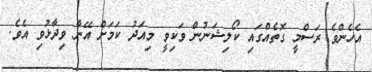
އެހެންވެ ރަސްމީ ގޮތެއްގައި ކޯލިޝަނުން ވަކިވީ މިއަދު ކަމަށް އޭނާ ވިދާޅުވި އެވެ.